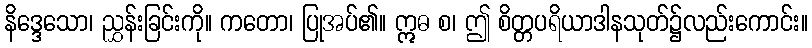
နိဒ္ဒေသော၊ ညွှန်းခြင်းကို။ ကတော၊ ပြုအပ်၏။ ဣဓ စ၊ ဤ စိတ္တပရိယာဒါနသုတ်၌လည်းကောင်း။